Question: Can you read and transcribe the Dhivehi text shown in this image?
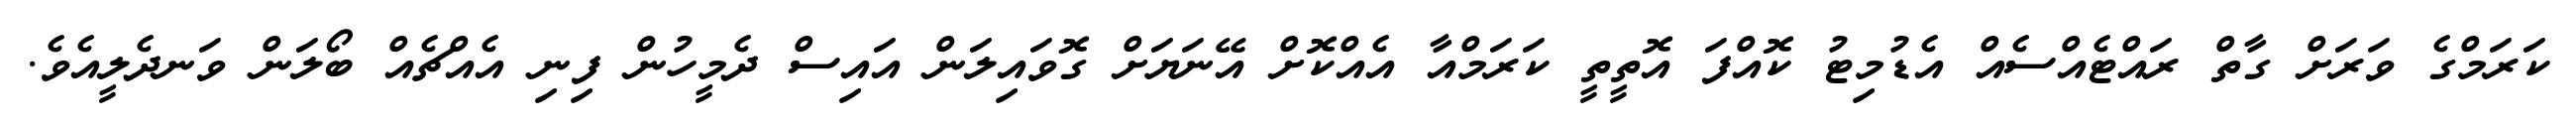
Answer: ކަރަމްގެ ވަރަށް ގާތް ރައްޓެއްސެއް އެޑުމިޓު ކޮއްފަ އޮތީތީ ކަރަމްއާ އެއްކޮށް އޭނަޔަށް ގޮވައިލަން އައިސް ދެމީހުން ފިނި އެއްޗެއް ބޯލަން ވަނދެލީއެވެ.